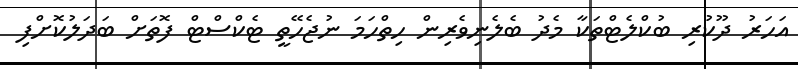
އަހަރު ދޫކުރި ބުކްލެޓްތަކާ މެދު ބެލެނިވެރިން ހިތްހަމަ ނުޖެހޭތީ ޓެކްސްޓް ފޮތަށް ބަދަލުކޮށްފި